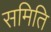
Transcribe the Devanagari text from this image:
समिति